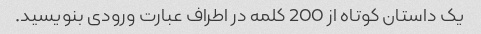
یک داستان کوتاه از 200 کلمه در اطراف عبارت ورودی بنویسید.